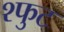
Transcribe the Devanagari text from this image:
श्फुट